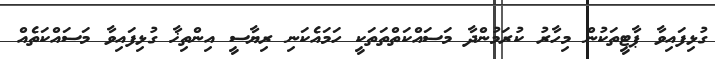
ގުޅިފައިވާ ޕާޓީތަކުން މިހާރު ކުރަމުންދާ މަސައްކަތްތަތަކީ ހަމައެކަނި ރިޔާސީ އިންތިޚާ ގުޅިފައިވާ މަސައްކަތެއް